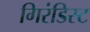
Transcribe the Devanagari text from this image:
गिरंडिस्ट